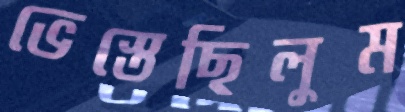
ভেস্তেছিলুম